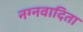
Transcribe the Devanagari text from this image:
नग्नवादिता